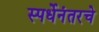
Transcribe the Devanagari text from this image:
स्पर्धेनंतरचे